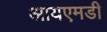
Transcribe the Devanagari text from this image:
आयएमडी